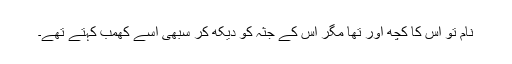
نام تو اس کا کچھ اور تھا مگر اس کے جثہ کو دیکھ کر سبھی اسے کھمب کہتے تھے۔